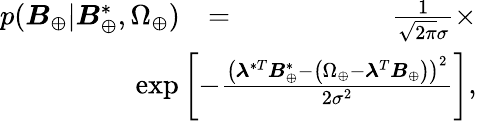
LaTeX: \begin{array}{rlr}{p(\boldsymbol{B}_{\oplus}|\boldsymbol{B}_{\oplus}^{*},\Omega_{\oplus})}&{=}&{\frac{1}{\sqrt{2\pi}\sigma}\times}\\ &{}&{\! \! \! \! \! \! \! \! \! \! \! \! \! \! \! \! \! \! \! \! \! \! \! \! \! \! \exp\left[-\frac{\left(\boldsymbol{\lambda}^{*T}\boldsymbol{B}_{\oplus}^{*}-\left(\Omega_{\oplus}-\boldsymbol{\lambda}^{T}\boldsymbol{B}_{\oplus}\right)\right)^{2}}{2\sigma^{2}}\right],}\end{array}